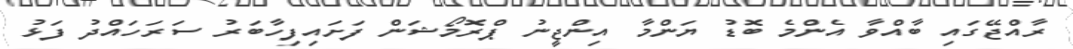
ރާއްޖޭގައި ބާއްވާ އެންމެ ބޮޑު ޔަންމާ އިންޖީނު ޕްރޮމޯޝަން ފަށައިފިހާބަރު ސަރަހައްދު ފަޅު